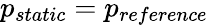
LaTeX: p_{static}=p_{reference}